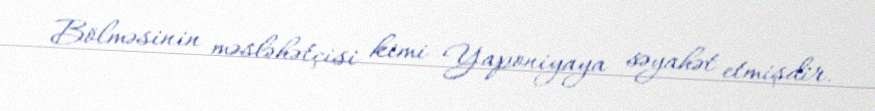
Bölməsinin məsləhətçisi kimi Yaponiyaya səyahət etmişdir.